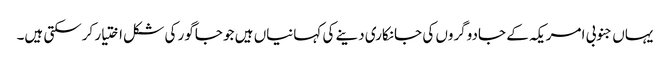
یہاں جنوبی امریکہ کے جادوگروں کی جانکاری دینے کی کہانیاں ہیں جو جاگور کی شکل اختیار کرسکتی ہیں۔